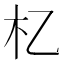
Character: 𣎷